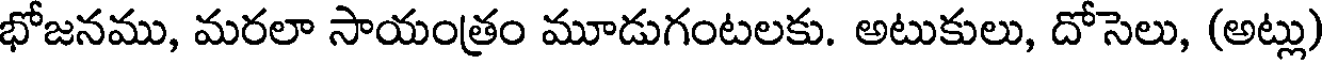
భోజనము, మరలా సాయంత్రం మూడుగంటలకు. అటుకులు, దోసెలు, (అట్లు)